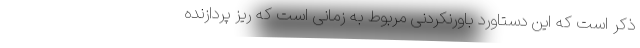
ذکر است که این دستاورد باورنکردنی مربوط به زمانی است که ریز پردازنده